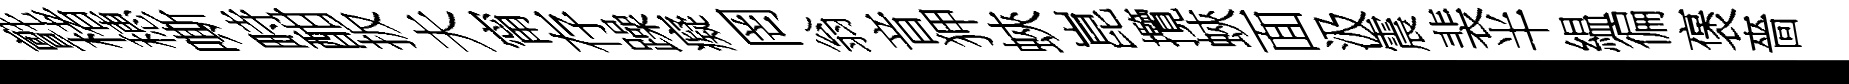
氈楮穂嘶畤酣扳夫甯存躁癡罔翁音狎蛺崑攬蛺面汲震裴半緼徧褒嗇